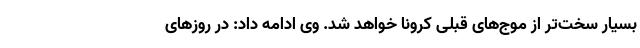
بسیار سخت‌تر از موج‌های قبلی کرونا خواهد شد. وی ادامه داد: در روزهای